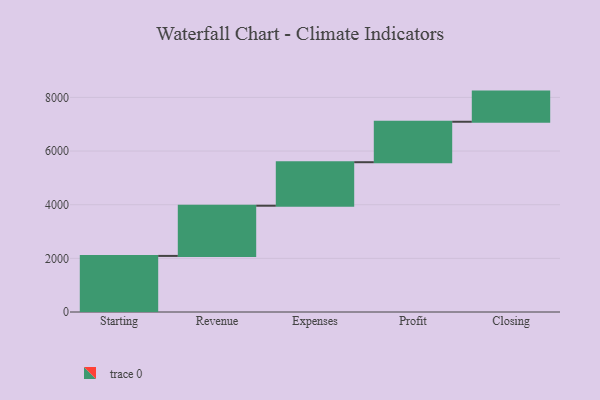
{"axis": {"x": "Step", "y": "Value"}, "legend": [""], "data": [{"x": "Starting", "y": 2091.0, "type": ""}, {"x": "Revenue", "y": 1871.0, "type": ""}, {"x": "Expenses", "y": 1622.0, "type": ""}, {"x": "Profit", "y": 1508.0, "type": ""}, {"x": "Closing", "y": 1124.0, "type": ""}]}